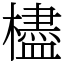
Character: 㯸